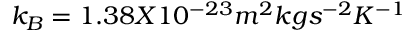
k _ { B } = 1 . 3 8 X 1 0 ^ { - 2 3 } m ^ { 2 } k g s ^ { - 2 } K ^ { - 1 }